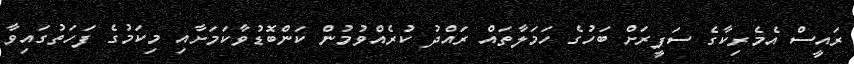
ރައީސް އެމެރިކާގެ ސަފީރަށް ބަހުގެ ހަމަލާތައް ރައްދު ކުރެއްވުމުން ކަންބޮޑުވާކަމަށާއި މިކަމުގެ ފަހަތުގައިވާ